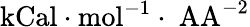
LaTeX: \mathrm{kCal\cdot mol^{-1}\cdot\ AA^{-2}}